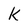
Character: k